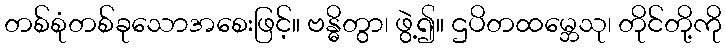
တစ်စုံတစ်ခုသောအစေးဖြင့်။ ဗန္ဓိတွာ၊ ဖွဲ့၍။ ဌပိတထမ္ဘေသု၊ တိုင်တို့ကို